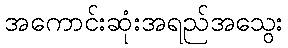
အကောင်းဆုံးအရည်အသွေး